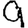
Digit: 9